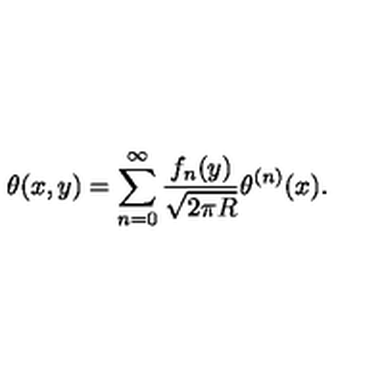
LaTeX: \theta ( x , y ) = \sum _ { n = 0 } ^ { \infty } \frac { f _ { n } ( y ) } { \sqrt { 2 \pi R } } \theta ^ { ( n ) } ( x ) .